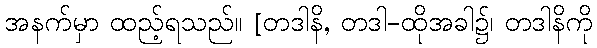
အနက်မှာ ထည့်ရသည်။ [တဒါနိ, တဒါ-ထိုအခါ၌၊ တဒါနိကို